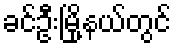
ခင်ဦးမြို့နယ်တွင်